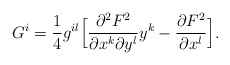
\begin{align*}G^i=\frac{1}{4}g^{il}\Big[\frac{\partial^2F^2}{\partial x^k \partial y^l}y^k-\frac{\partial F^2}{\partial x^l}\Big].\end{align*}